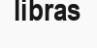
libras